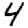
Digit: 4